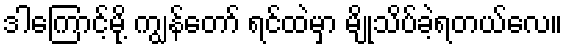
ဒါကြောင့်မို့ ကျွန်တော် ရင်ထဲမှာ မျိုသိပ်ခဲ့ရတယ်လေ။